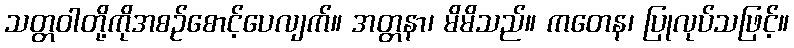
သတ္တဝါတို့ကိုအစဉ်စောင့်ပေလျက်။ အတ္တနာ၊ မိမိသည်။ ကတေန၊ ပြုလုပ်သဖြင့်။